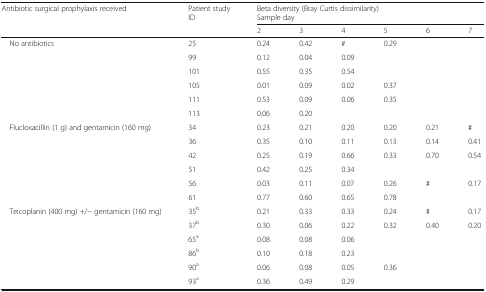
<table><thead><tr><td rowspan="2"><b>Antibiotic surgical prophylaxis received</b></td><td rowspan="2"><b>Patient study ID</b></td><td colspan="6"><b>Beta diversity (Bray Curtis dissimilarity)Sample day</b></td></tr><tr><td><b>2</b></td><td><b>3</b></td><td><b>4</b></td><td><b>5</b></td><td><b>6</b></td><td><b>7</b></td></tr></thead><tbody><tr><td rowspan="6"> No antibiotics</td><td>25</td><td>0.24</td><td>0.42</td><td>#</td><td>0.29</td><td></td><td></td></tr><tr><td>99</td><td>0.12</td><td>0.04</td><td>0.09</td><td></td><td></td><td></td></tr><tr><td>101</td><td>0.55</td><td>0.35</td><td>0.54</td><td></td><td></td><td></td></tr><tr><td>105</td><td>0.01</td><td>0.09</td><td>0.02</td><td>0.37</td><td></td><td></td></tr><tr><td>111</td><td>0.53</td><td>0.09</td><td>0.06</td><td>0.35</td><td></td><td></td></tr><tr><td>113</td><td>0.06</td><td>0.20</td><td></td><td></td><td></td><td></td></tr><tr><td rowspan="6"> Flucloxacillin (1 g) and gentamicin (160 mg)</td><td>34</td><td>0.23</td><td>0.21</td><td>0.20</td><td>0.20</td><td>0.21</td><td>#</td></tr><tr><td>36</td><td>0.35</td><td>0.10</td><td>0.11</td><td>0.13</td><td>0.14</td><td>0.41</td></tr><tr><td>42</td><td>0.25</td><td>0.19</td><td>0.66</td><td>0.33</td><td>0.70</td><td>0.54</td></tr><tr><td>51</td><td>0.42</td><td>0.25</td><td>0.34</td><td></td><td></td><td></td></tr><tr><td>56</td><td>0.03</td><td>0.11</td><td>0.07</td><td>0.26</td><td>#</td><td>0.17</td></tr><tr><td>61</td><td>0.77</td><td>0.60</td><td>0.65</td><td>0.78</td><td></td><td></td></tr><tr><td rowspan="6"> Teicoplanin (400 mg) +/− gentamicin (160 mg)</td><td>35<sup>b</sup></td><td>0.21</td><td>0.33</td><td>0.33</td><td>0.24</td><td>#</td><td>0.17</td></tr><tr><td>37<sup>b</sup></td><td>0.30</td><td>0.06</td><td>0.22</td><td>0.32</td><td>0.40</td><td>0.20</td></tr><tr><td>65<sup>a</sup></td><td>0.08</td><td>0.08</td><td>0.06</td><td></td><td></td><td></td></tr><tr><td>86<sup>b</sup></td><td>0.10</td><td>0.18</td><td>0.23</td><td></td><td></td><td></td></tr><tr><td>90<sup>a</sup></td><td>0.06</td><td>0.08</td><td>0.05</td><td>0.36</td><td></td><td></td></tr><tr><td>93<sup>a</sup></td><td>0.36</td><td>0.49</td><td>0.29</td><td></td><td></td><td></td></tr></tbody></table>